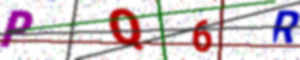
Text: PQ6R